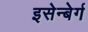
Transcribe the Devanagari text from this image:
इसेन्बेर्ग